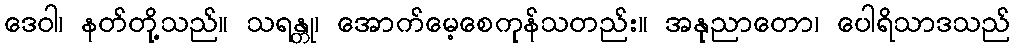
ဒေဝါ၊ နတ်တို့သည်။ သရန္တု၊ အောက်မေ့စေကုန်သတည်း။ အနုညာတော၊ ပေါရိသာဒသည်